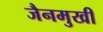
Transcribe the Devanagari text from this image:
जैनमुखी